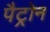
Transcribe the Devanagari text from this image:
पैट्रोन